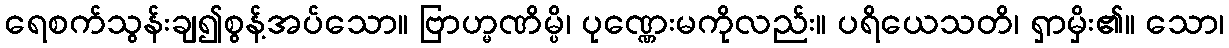
ရေစက်သွန်းချ၍စွန့်အပ်သော။ ဗြာဟ္မဏိမ္ပိ၊ ပုဏ္ဏေးမကိုလည်း။ ပရိယေသတိ၊ ရှာမှိး၏။ သော၊